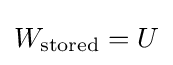
W_{\text{stored}}=U